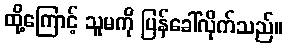
ထို့ကြောင့် သူမကို ပြန်ခေါ်လိုက်သည်။